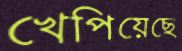
খেপিয়েছে